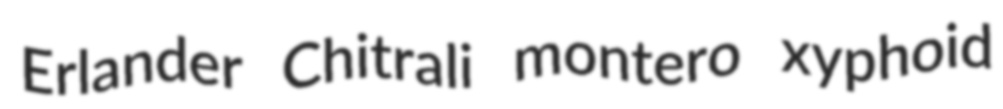
Erlander Chitrali montero xyphoid